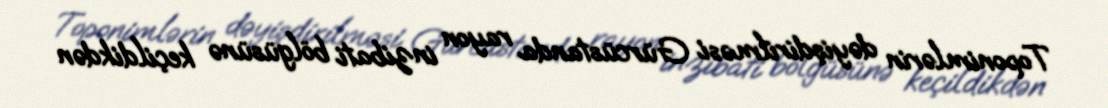
Toponimlərin dəyişdirilməsi Gürcüstanda rayon inzibati bölgüsünə keçildikdən